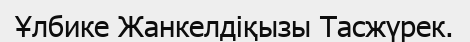
Ұлбике Жанкелдіқызы Тасжүрек.